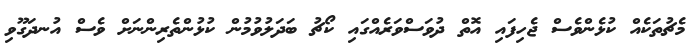
މެޗުތަކެއް ކުޅެންވެސް ޖެހިފައި އޮތް ދުވަސްވަރެއްގައި ކޯޗު ބަދަލުވުމުން ކުޅުންތެރިންނަށް ވެސް އުނދަގޫވި